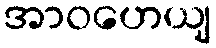
အာဝဟေယျ